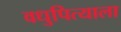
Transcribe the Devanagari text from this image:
वधुपित्याला